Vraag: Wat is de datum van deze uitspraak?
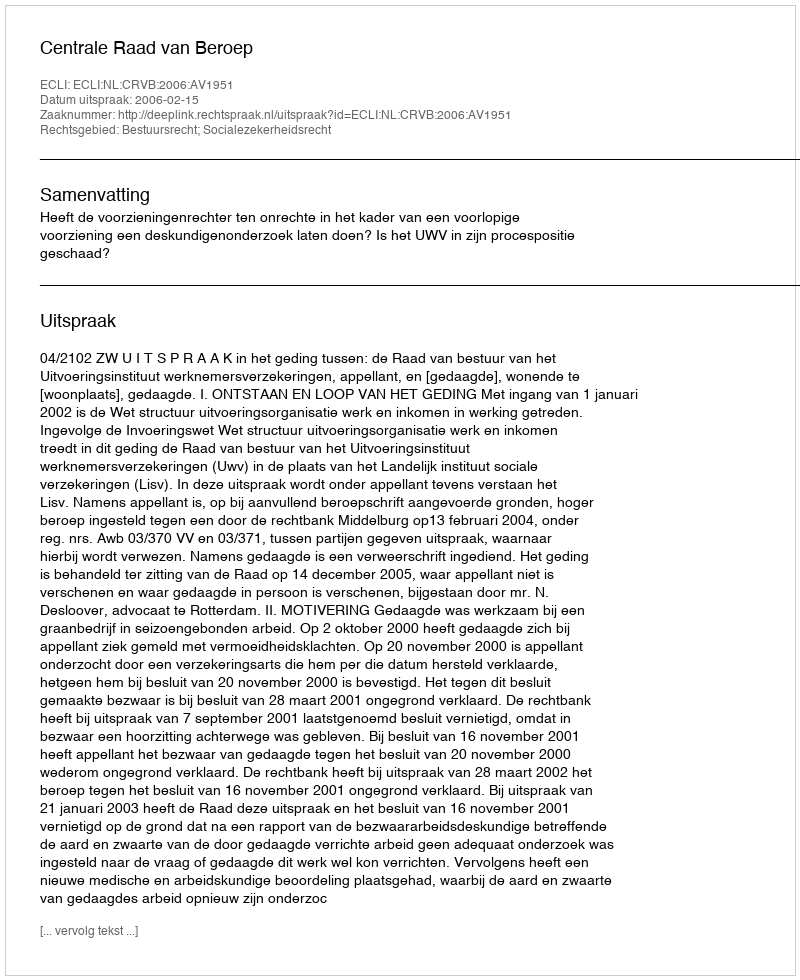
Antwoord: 2006-02-15